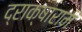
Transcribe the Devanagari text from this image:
द्राक्षाराम